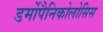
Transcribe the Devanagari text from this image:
डर्मोपैनिकोलोसिस